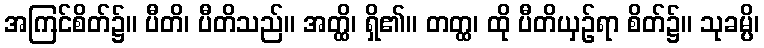
အကြင်စိတ်၌။ ပီတိ၊ ပီတိသည်။ အတ္ထိ၊ ရှိ၏။ တတ္ထ၊ ထို ပီတိယှဉ်ရာ စိတ်၌။ သုခမ္ပိ၊